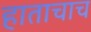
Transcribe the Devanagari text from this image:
हाताचाच